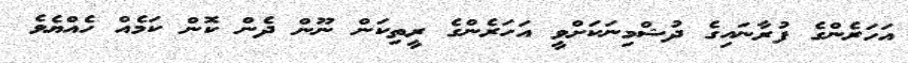
އަހަރެންގެ ފުރާނައިގެ ދުޝްމިނަކަށްވީ އަހަރެންގެ ރީތިކަން ނޫން ދެން ކޮން ކަމެއް ހެއްޔެވެ